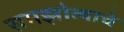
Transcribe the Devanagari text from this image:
समझोत्याचे